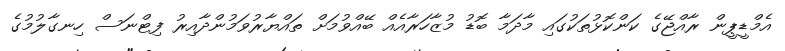
އެމްޑީޕީން ރާއްޖޭގެ ކަންކޮޅުތަކުގައި މާދަމާ ބޮޑު މުޒާހަރާއެއް ބޭއްވުމަށް ތައްޔާރުވަމުންދާއިރު ފިޓްނަސް ހިނގާލުމުގެ